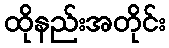
ထိုနည်းအတိုင်း